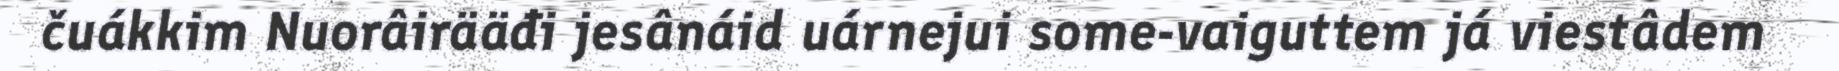
čuákkim Nuorâirääđi jesânáid uárnejui some-vaiguttem já viestâdem